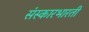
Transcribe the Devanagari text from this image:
संस्कारभारती